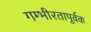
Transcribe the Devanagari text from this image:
गम्भीरतापूर्वक